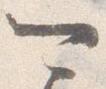
可